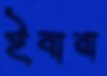
ইবারা